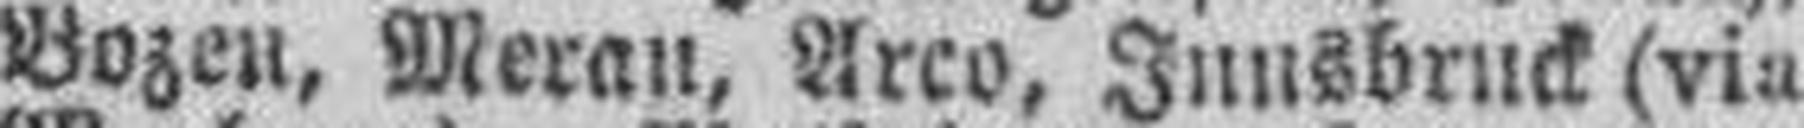
Bozen, Meran, Arco, Innsbruck (via